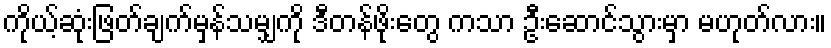
ကိုယ့်ဆုံးဖြတ်ချက်မှန်သမျှကို ဒီတန်ဖိုးတွေ ကသာ ဦးဆောင်သွားမှာ မဟုတ်လား။